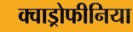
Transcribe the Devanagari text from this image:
क्वाड्रोफीनिया